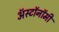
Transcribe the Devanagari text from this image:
ॲस्टॉनॉमी